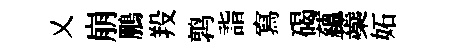
乂崩鵬羖鹑詣寫碣蘊蘃妬